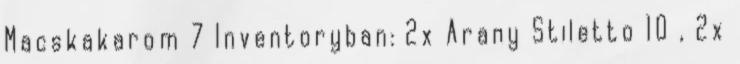
Macskakarom 7 Inventoryban: 2x Arany Stiletto 10 , 2x